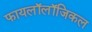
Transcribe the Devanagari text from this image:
फायलॉलॉजिकल